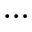
\dots